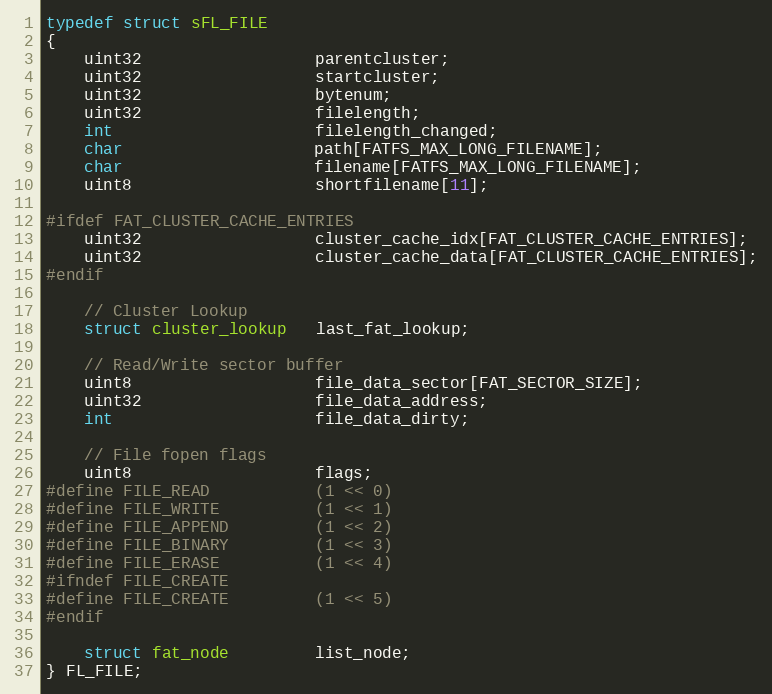
Language: C
typedef struct sFL_FILE
{
    uint32                  parentcluster;
    uint32                  startcluster;
    uint32                  bytenum;
    uint32                  filelength;
    int                     filelength_changed;
    char                    path[FATFS_MAX_LONG_FILENAME];
    char                    filename[FATFS_MAX_LONG_FILENAME];
    uint8                   shortfilename[11];

#ifdef FAT_CLUSTER_CACHE_ENTRIES
    uint32                  cluster_cache_idx[FAT_CLUSTER_CACHE_ENTRIES];
    uint32                  cluster_cache_data[FAT_CLUSTER_CACHE_ENTRIES];
#endif

    // Cluster Lookup
    struct cluster_lookup   last_fat_lookup;

    // Read/Write sector buffer
    uint8                   file_data_sector[FAT_SECTOR_SIZE];
    uint32                  file_data_address;
    int                     file_data_dirty;

    // File fopen flags
    uint8                   flags;
#define FILE_READ           (1 << 0)
#define FILE_WRITE          (1 << 1)
#define FILE_APPEND         (1 << 2)
#define FILE_BINARY         (1 << 3)
#define FILE_ERASE          (1 << 4)
#ifndef FILE_CREATE
#define FILE_CREATE         (1 << 5)
#endif

    struct fat_node         list_node;
} FL_FILE;